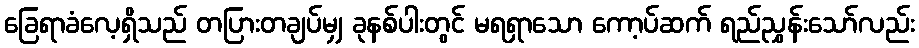
ခြေရာခံလေ့ရှိသည် တပြားတချပ်မျှ ခုနစ်ပါးတွင် မရရှာသော ကော့ပ်ဆက် ရည်ညွှန်းသော်လည်း